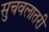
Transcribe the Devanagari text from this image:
सुचवलातरी